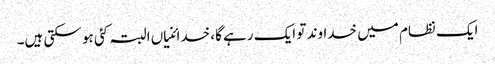
ایک نظام میں خداوند تو ایک رہے گا، خدائنیاں البتہ کئی ہو سکتی ہیں۔